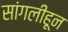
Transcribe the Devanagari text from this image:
सांगलीहून